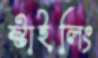
স্টাইলিং